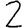
Digit: 2